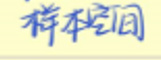
样本空间